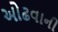
ઓઢવાની